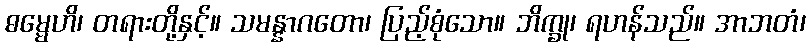
ဓမ္မေဟိ၊ တရားတို့နှင့်။ သမန္နာဂတော၊ ပြည့်စုံသော။ ဘိက္ခု၊ ရဟန်သည်။ အာဘတံ၊